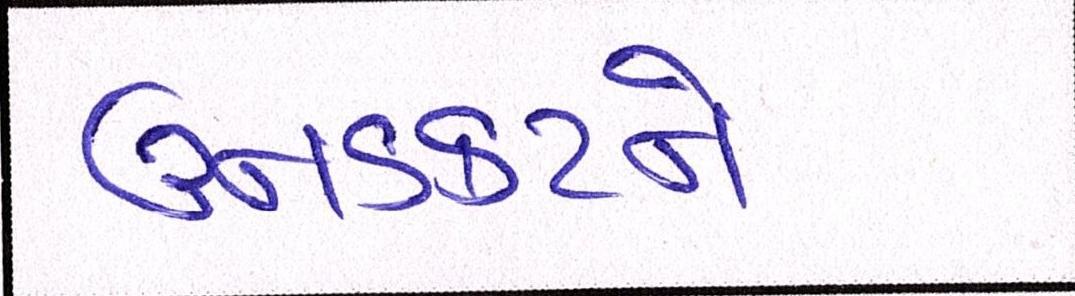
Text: ઉનડકટને